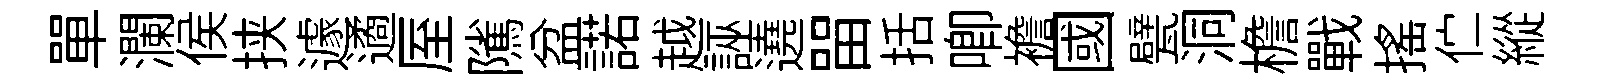
單瀾侯挟遽遹厔隲盆諾越誣遶㽞括唧襜國甓洞檐戰摇伫縱